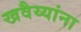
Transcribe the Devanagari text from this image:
खवैय्यांना